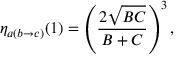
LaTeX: \eta _ { a ( b \rightarrow c ) } ( 1 ) = \left( { \frac { 2 \sqrt { B C } } { B + C } } \right) ^ { 3 } ,